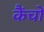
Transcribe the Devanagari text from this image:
कैंचों